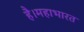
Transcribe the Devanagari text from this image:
है।महाभारत